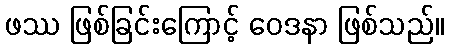
ဖဿ ဖြစ်ခြင်းကြောင့် ဝေဒနာ ဖြစ်သည်။